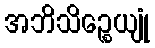
အဘိသိဉ္စေယျုံ